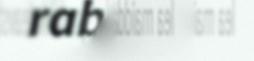
rabas